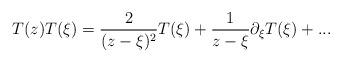
LaTeX: \begin{align*}T(z)T(\xi) = \frac{2}{(z - \xi)^2}T(\xi) + \frac{1}{z -\xi}\partial_{\xi}T(\xi) + ...\end{align*}